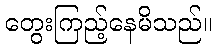
တွေးကြည့်နေမိသည်။